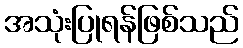
အသုံးပြုရန်ဖြစ်သည်